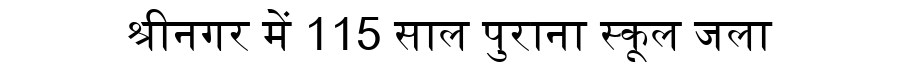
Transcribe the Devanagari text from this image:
श्रीनगर में 115 साल पुराना स्कूल जला